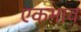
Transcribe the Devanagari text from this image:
एकभाव